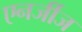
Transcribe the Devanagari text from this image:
एनर्जीज